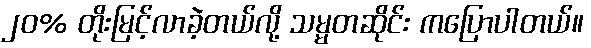
၂၀% တိုးမြင့်လာခဲ့တယ်လို့ သမ္မတဆိုင်း ကပြောပါတယ်။